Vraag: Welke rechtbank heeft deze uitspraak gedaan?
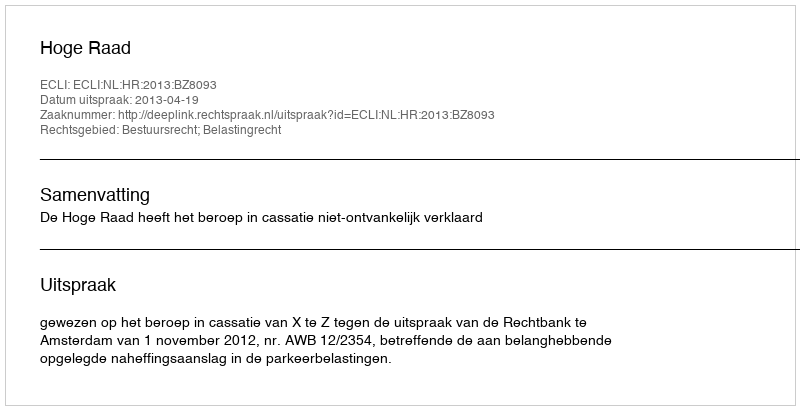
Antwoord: Hoge Raad